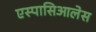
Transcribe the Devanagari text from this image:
एस्पासिआलेस